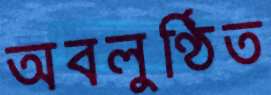
অবলুণ্ঠিত